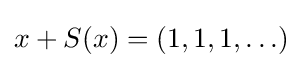
x+S(x)=(1,1,1,\ldots )